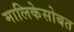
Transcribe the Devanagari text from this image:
मालिकेसोबत